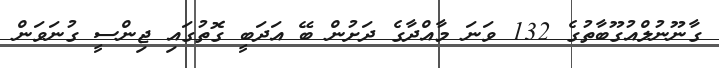
ގާނޫނުލްއުގޫބާތުގެ 132 ވަނަ މާއްދާގެ ދަށުން ބޭ އަދަބީ ގޮތުގައި ޖިންސީ ގުނަވަން